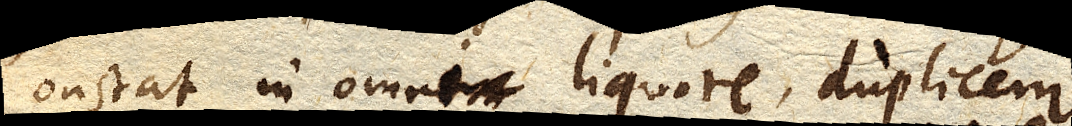
Constat in omni liquore, duplicem